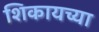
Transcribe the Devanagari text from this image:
शिकायच्या